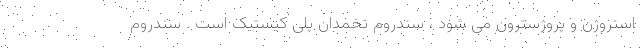
استروژن و پروژسترون می شود ، سندروم تخمدان پلی کیستیک است . سندروم